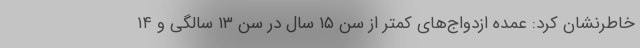
خاطرنشان کرد: عمده ازدواج‌های کمتر از سن ۱۵ سال در سن ۱۳ سالگی و ۱۴